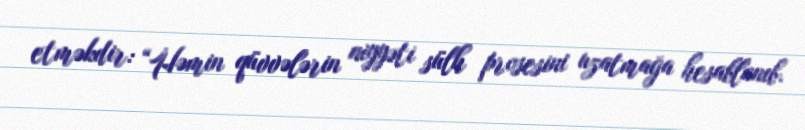
etməkdir: “Həmin qüvvələrin niyyəti sülh prosesini uzatmağa hesablanıb.